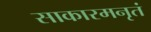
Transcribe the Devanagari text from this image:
साकारमनृतं